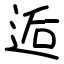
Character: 逅